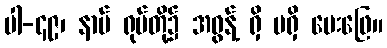
ပါ-၄၉၊ နာမ် ရုပ်တို့၌ အဓွန့် ရှိ မရှိ မေးဖြေ။